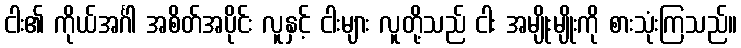
ငါး၏ ကိုယ်အင်္ဂါ အစိတ်အပိုင်း လူနှင့် ငါးများ လူတို့သည် ငါး အမျိုးမျိုးကို စားသုံးကြသည်။